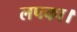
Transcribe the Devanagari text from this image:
लपका।